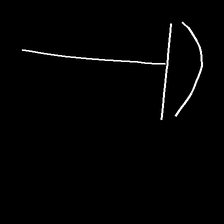
Glyph: dispersion